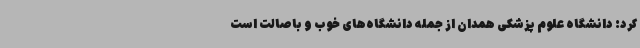
کرد: دانشگاه‌ علوم پزشکی همدان از جمله دانشگاه‌های خوب و باصالت است